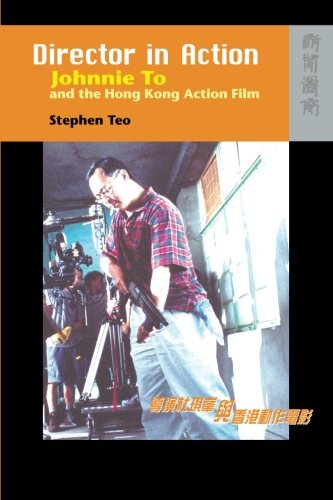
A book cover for Director in Action: Johnnie To and the Hong Kong Action Film; Stephen Teo; History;